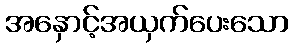
အနှောင့်အယှက်ပေးသော